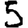
Digit: 5